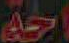
اجة